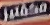
مكفتيز